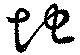
地